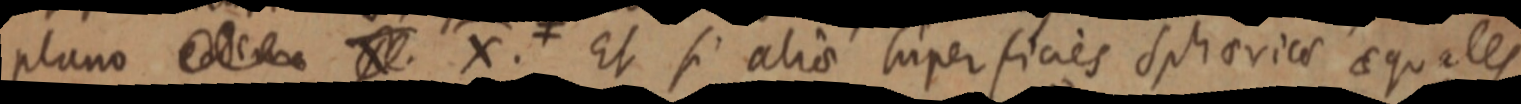
plano eodem X. X. Et si alio superficies sphericae aequales